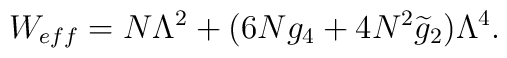
W_{eff}=N\Lambda^2+(6Ng_4+4N^2\widetilde{g}_2)\Lambda^4.